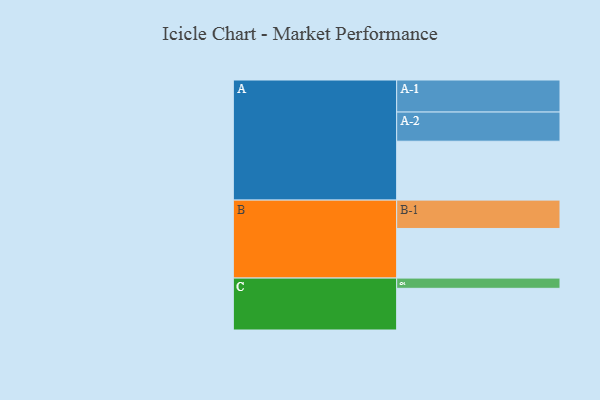
{"axis": {"x": "Segment", "y": "Value"}, "legend": ["", "A", "B", "C"], "data": [{"x": "A", "y": 513, "type": ""}, {"x": "B", "y": 432, "type": ""}, {"x": "C", "y": 363, "type": ""}, {"x": "A-1", "y": 279, "type": "A"}, {"x": "A-2", "y": 254, "type": "A"}, {"x": "B-1", "y": 247, "type": "B"}, {"x": "C-1", "y": 89, "type": "C"}]}